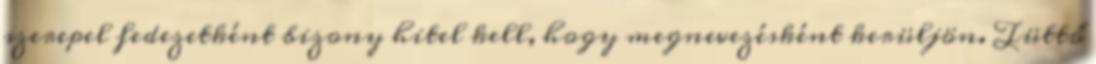
szerepel fedezetként bizony hitel kell, hogy megnevezésként kerüljön. Tüttő